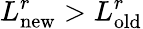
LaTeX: L_{\mathrm{new}}^{r}>L_{\mathrm{old}}^{r}